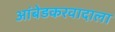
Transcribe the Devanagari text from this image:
आंबेडकरवादाला